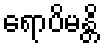
ရောပိမန္တိ